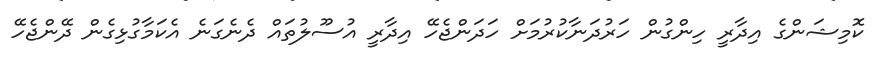
ކޮމިޝަންގެ އިދާރީ ހިންގުން ހަރުދަނާކުރުމަށް ހަދަންޖެހޭ އިދާރީ އުސޫލުތައް ދެނެގަނެ އެކަމާގުޅިގެން ދޭންޖެހޭ